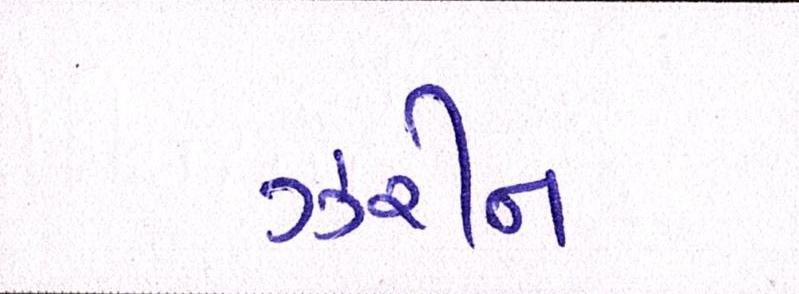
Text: ઝરીન